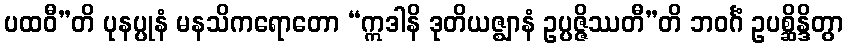
ပထဝီ”တိ ပုနပ္ပုနံ မနသိကရောတော “ဣဒါနိ ဒုတိယဇ္ဈာနံ ဥပ္ပဇ္ဇိဿတီ”တိ ဘဝင်္ဂံ ဥပစ္ဆိန္ဒိတွာ